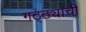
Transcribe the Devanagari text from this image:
गठ्ठ्याची